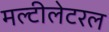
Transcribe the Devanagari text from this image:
मल्टीलेटरल